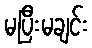
မပြီးမချင်း